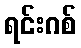
ရင်းဂစ်